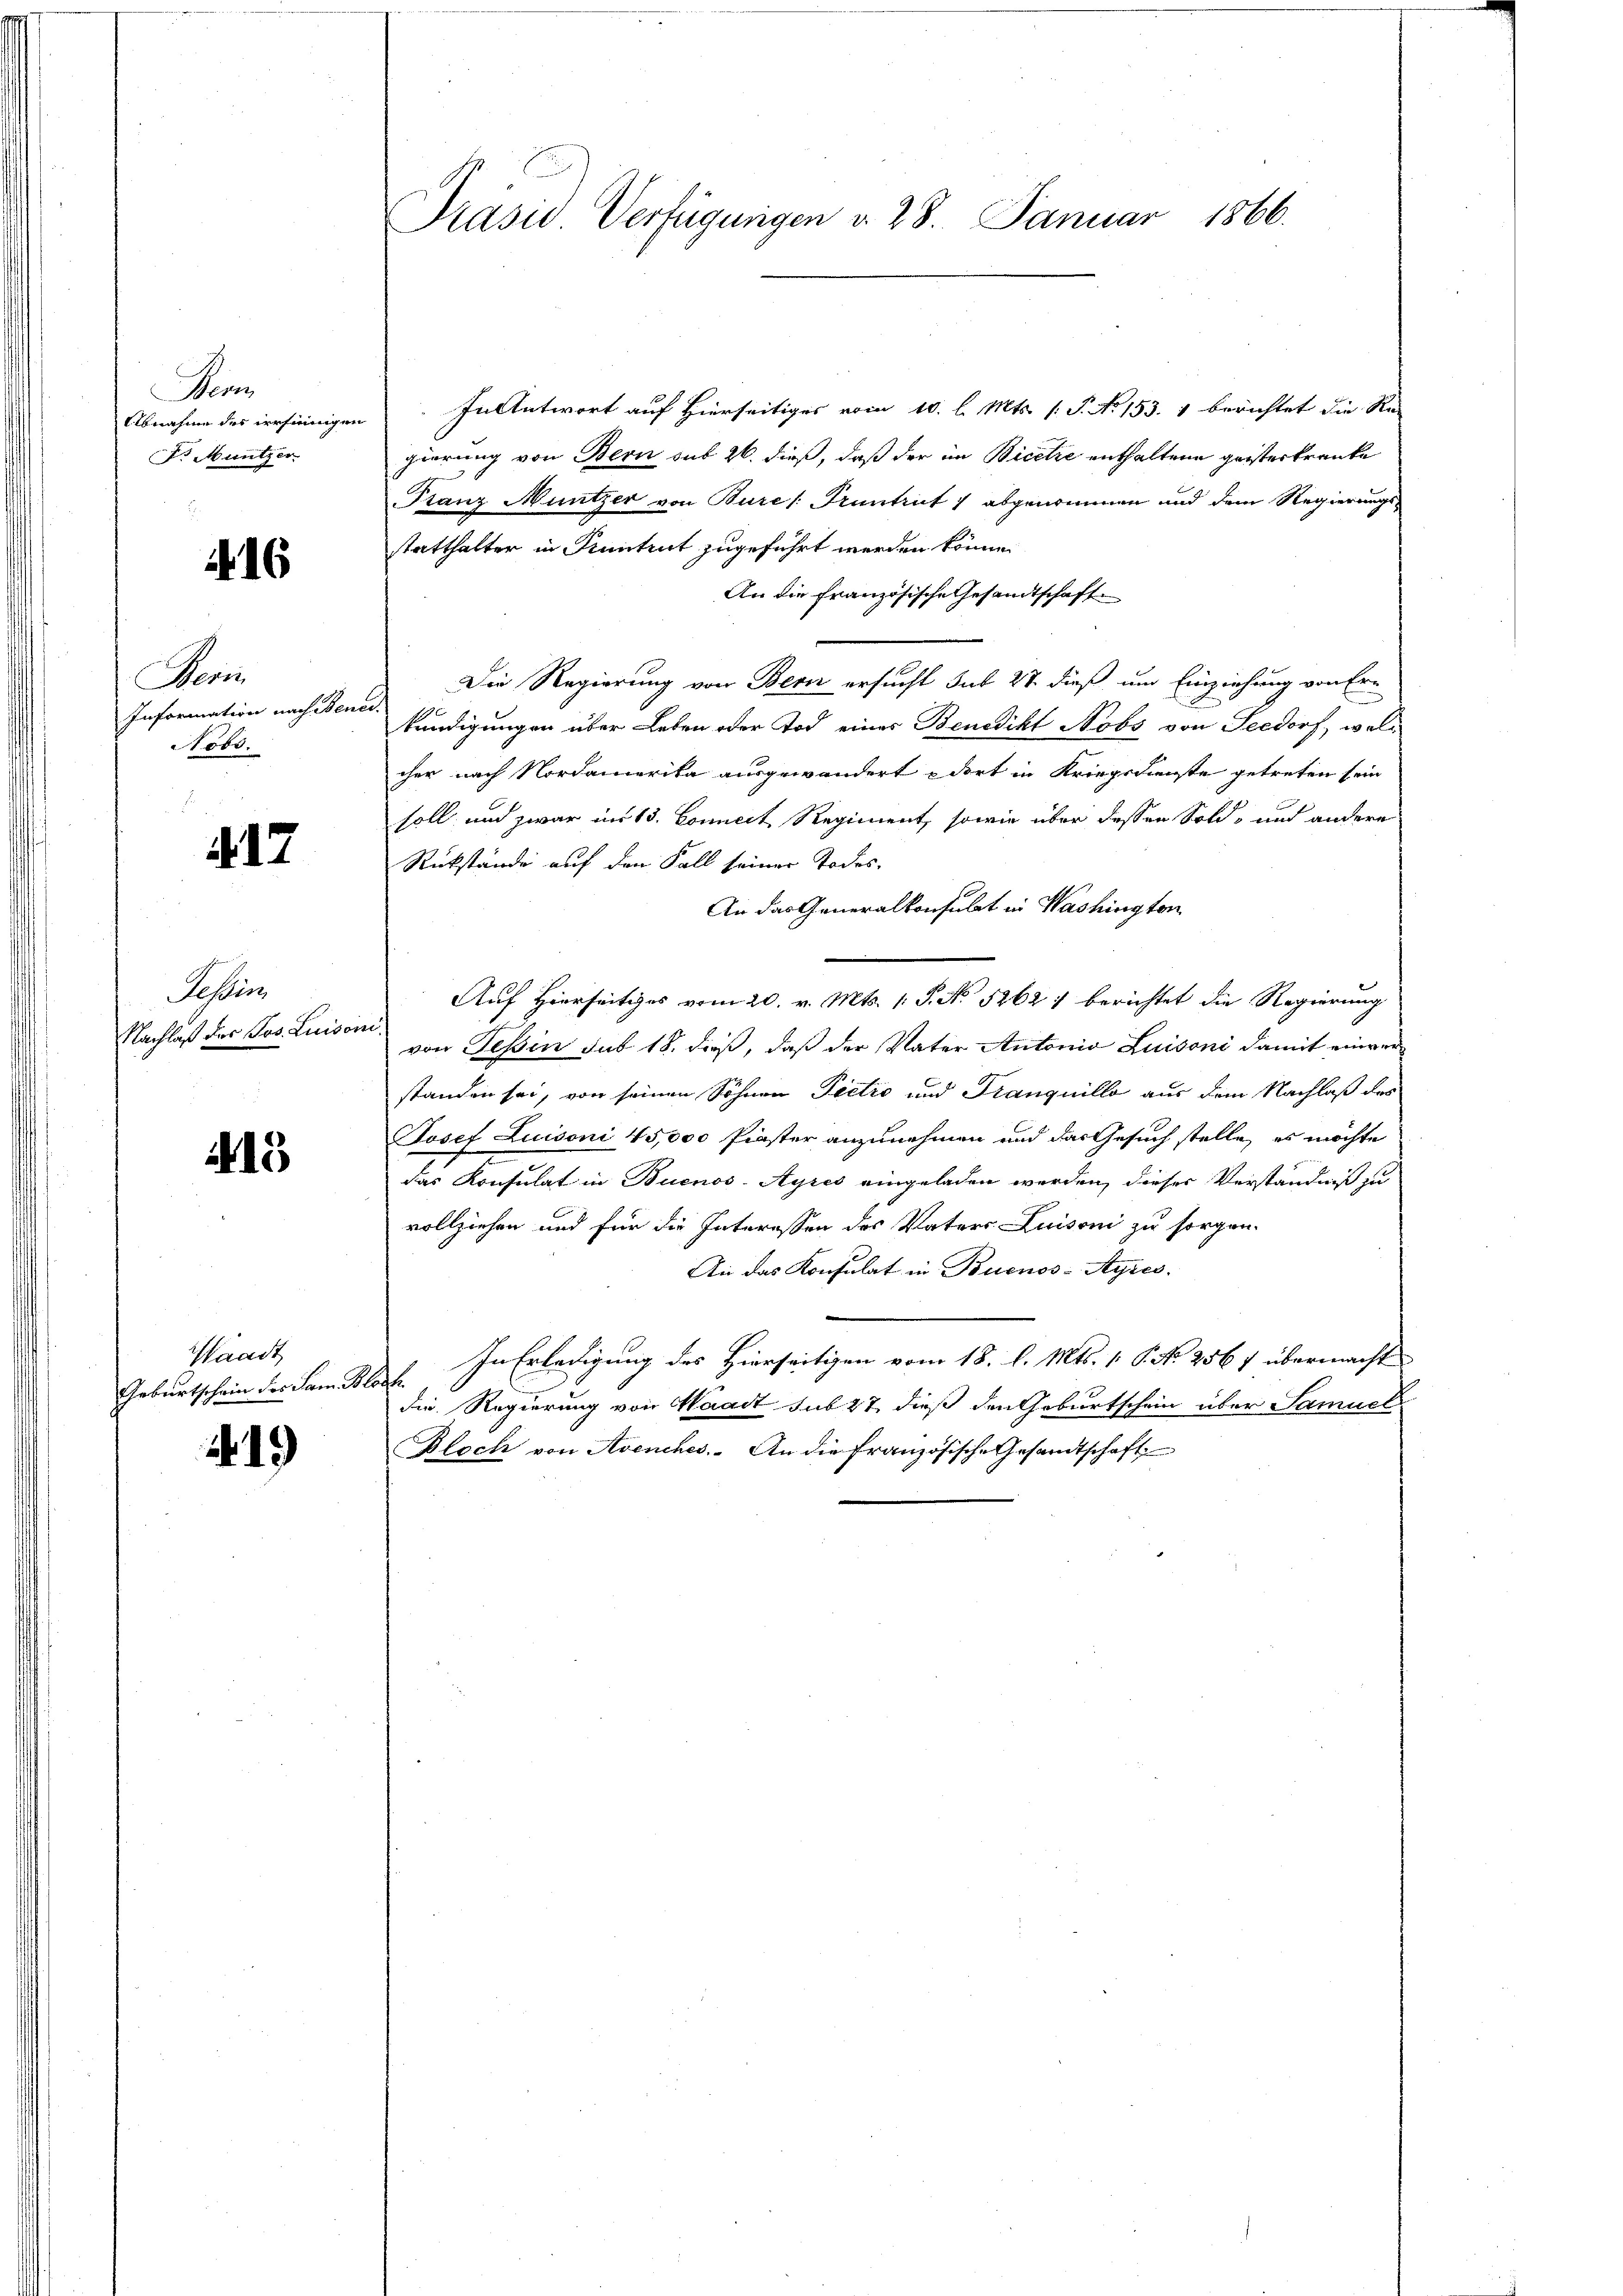
Pen
Abnahme der werfungen
Dr. Muntzer

16

Noric
Information nach Ben
Nobr.

. 17

Tessin
Nachlaß des Jos. Luiso

15

Waadt
Geburtschein des San. Ble

.15)

Präsid. Verfügungen v. 28. Januar 1866.

In Antwort auf Hierseitiges vom 10. l. Mts. (T. No 153. 1 berichtet die Re-
gierung von Bern sub 26. dieß, daß der im Bicetze enthaltene geisterkranke
Franz Muntzer von Bures Truntrut / abgenommen und dem Regierungs-
statthalter in Pruntrut zugeführt werden könne.
An die Französische Gesandtschaft
Die Regierung von Bern ersucht sub 27. dieß um Einziehung von Er-
kundigungen über Leben oder Tod eines Benedikt Nobs von Seedorf, welcher nach Nordamerika ausgewandert dort in Kriegsdienste getreten sein
soll und zwar im 13. Connert Regiment, sowie über dessen Sold- und andere
Rükstände auf den Fall seiner Todes¬
An das Generalkonsulat in Washington
Auf Hierseitiges vom 20. v. Mts. 1. P. No 5262: berichtet die Regierung
von Tessin sub 18. dieß, daß der Vater Antonia Luisoni damit einver
standen sei, von seinen Söhnen Pietro und Tranquillo aus dem Nachlaß der
Josef Luisoni 45,000 Piaster anzunehmen und das Gesuch stelle, es möchte
e
das Konsulat in Buenos-Ayres eingeladen werden, dieses Verständniß zu
vollziehen und für die Interessen des Vaters Luisoni zu sorgen.
An das Konsulat in Buenos-Ayres
In Erledigung des Hierseitigen vom 18. l. Mts. 1. P. No 2567 übermacht
s
die Regierung von Waadt sub 27, dieß den Geburtschein über Samuel
Bloch von Avenches. An die französische Gesandtschaft